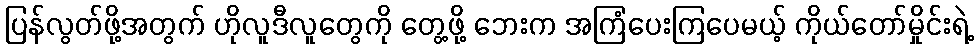
ပြန်လွတ်ဖို့အတွက် ဟိုလူဒီလူတွေကို တွေ့ဖို့ ဘေးက အကြံပေးကြပေမယ့် ကိုယ်တော်မှိုင်းရဲ့